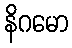
နိဂမော